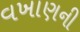
વખાણની